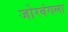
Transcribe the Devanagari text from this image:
जोरबंगला